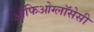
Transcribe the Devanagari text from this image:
ऑफिओग्लॉसेसी